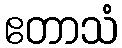
ဧတာသံ